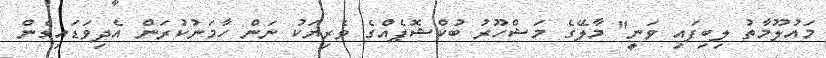
މައުލޫމާތު ލިބިފައި ވަނީ" މާލޭގެ މަޝްހޫރު ބުކްޝޮޕެއްގެ ވެރިޔަކު ނަން ހާމަނުކުރަން އެދިވަޑައިގެން